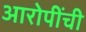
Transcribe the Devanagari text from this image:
आरोपींची